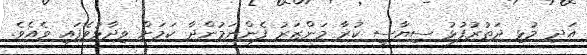
އަދި މުޅި ދަތުރުފުޅު ސިޔާސީ ކުރާ މަންޒަރު ފެންނަމުންދާ ކަމަށް ވިދާޅުވެފައި ވެއެވެ.